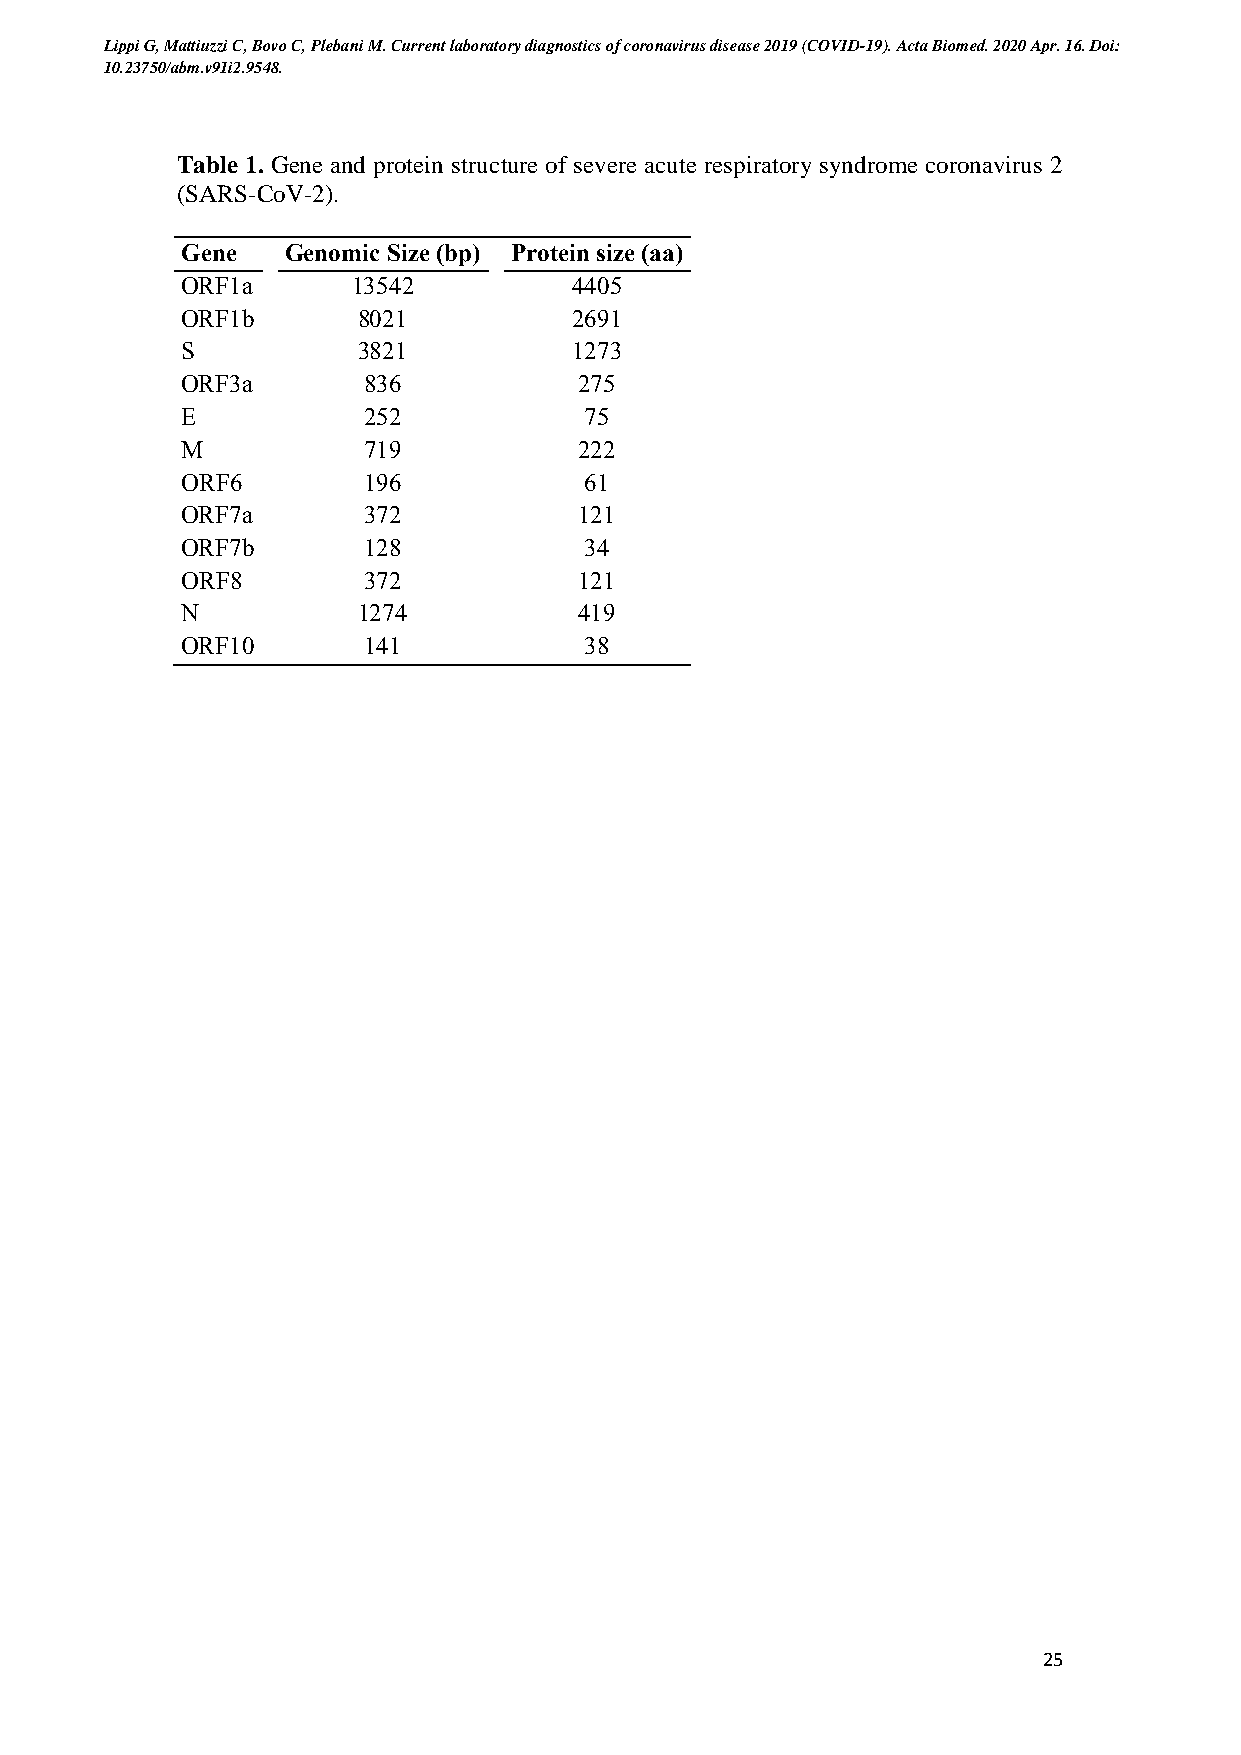
Lippi G, Mattiuzzi C, Bovo C, Plebani M. Current laboratory diagnostics of coronavirus disease 2019 (COVID-19). Acta Biomed. 2020 Apr. 16. Doi:
 10.23750/abm.v91i2.9548.
 Table 1. Gene and protein structure of severe acute respiratory syndrome coronavirus 2
 (SARS-CoV-2).
 Gene   Genomic Size (bp) Protein size (aa)
 ORF1a      13542          4405
 ORF1b       8021          2691
 S           3821          1273
 ORF3a       836           275
 E           252            75
 M           719           222
 ORF6        196            61
 ORF7a       372           121
 ORF7b       128            34
 ORF8        372           121
 N           1274          419
 ORF10       141            38
 25